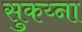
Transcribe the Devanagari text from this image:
सुकय्ना